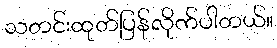
သတင်းထုတ်ပြန်လိုက်ပါတယ်။